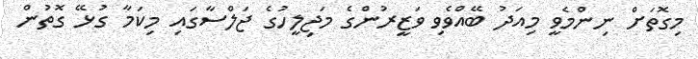
މިގޮތަށް ނިންމެވީ މިއަދު ބޭއްވެވި ވަޒީރުންގެ މަޖިލީހުގެ ޖަލްސާގައި މިކަމާ ގުޅޭ ގޮތުން